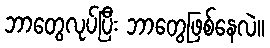
ဘာတွေလုပ်ပြီး ဘာတွေဖြစ်နေလဲ။